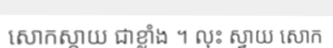
សោកស្តាយ ជាខ្លាំង ។ លុះ ស្វាយ សោក